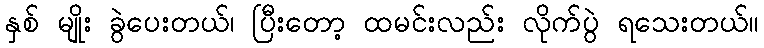
နှစ် မျိုး ခွဲပေးတယ်၊ ပြီးတော့ ထမင်းလည်း လိုက်ပွဲ ရသေးတယ်။